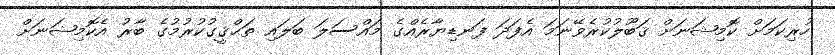
ހުރިކަމަށް ކޮމިޝަނަށް ޤަބޫލުުކުރެވޭނަމަ އެފަދަ ފަނޑިޔާރެއްގެ މައްސަލަ ބަލައި ތަޙްޤީގުކުރުމުގެ ބާރު އެކޮމިޝަނަށް